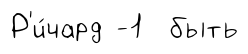
Р'и́чард -1 быть